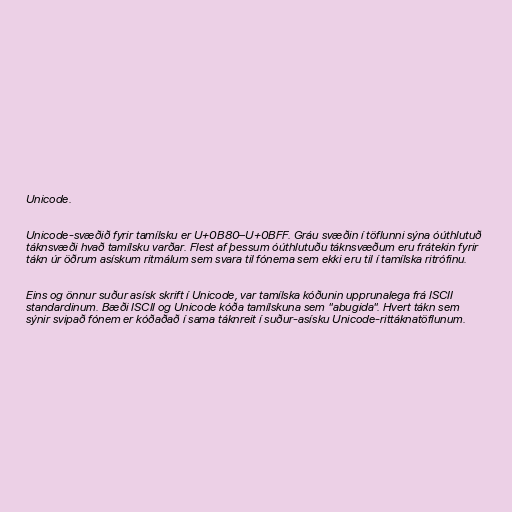
Unicode.

Unicode-svæðið fyrir tamílsku er U+0B80–U+0BFF. Gráu svæðin í töflunni sýna óúthlutuð
táknsvæði hvað tamílsku varðar. Flest af þessum óúthlutuðu táknsvæðum eru frátekin fyrir
tákn úr öðrum asískum ritmálum sem svara til fónema sem ekki eru til í tamílska ritrófinu.

Eins og önnur suður asísk skrift í Unicode, var tamílska kóðunin upprunalega frá ISCII
standardinum. Bæði ISCII og Unicode kóða tamílskuna sem "abugida". Hvert tákn sem
sýnir svipað fónem er kóðaðað í sama táknreit í suður-asísku Unicode-rittáknatöflunum.